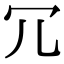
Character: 冗